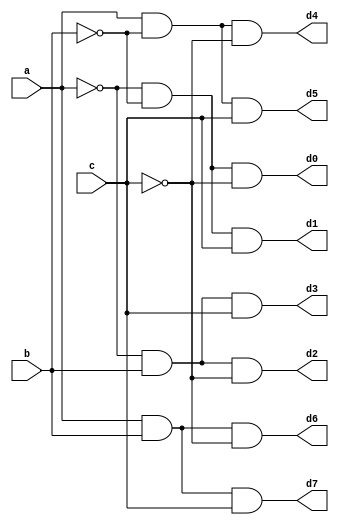
`timescale 1ns / 1ps
//////////////////////////////////////////////////////////////////////////////////
// Company: 
// Engineer: 
// 
// Design Name: 
// Module Name:    decoderb 
// Project Name: 
// Target Devices: 
// Tool versions: 
// Description: 
//
// Dependencies: 
//
// Revision: 
// Revision 0.01 - File Created
// Additional Comments: 
//
//////////////////////////////////////////////////////////////////////////////////
module decoderb(a,b,c,d0,d1,d2,d3,d4,d5,d6,d7);
    input a;
    input b;
    input c;
    output reg    d0;
    output reg d1;
    output reg d2;
    output reg d3;
    output reg d4;
    output reg d5;
    output reg d6;
    output reg d7;
	 always @ (a,b,c)
	 begin
	  d0=(~a&~b&~c);
	 d1=(~a&~b&c);
	  d2=(~a&b&~c);
	  d3=(~a&b&c);
	  d4=(a&~b&~c);
	  d5=(a&~b&c);
	  d6=(a&b&~c);
	  d7=(a&b&c);
	end

endmodule